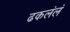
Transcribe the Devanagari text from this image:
ढकलंलं